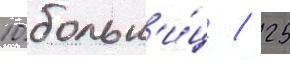
10 больн'и́ц / 25